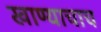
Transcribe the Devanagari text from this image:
खाण्याचाच